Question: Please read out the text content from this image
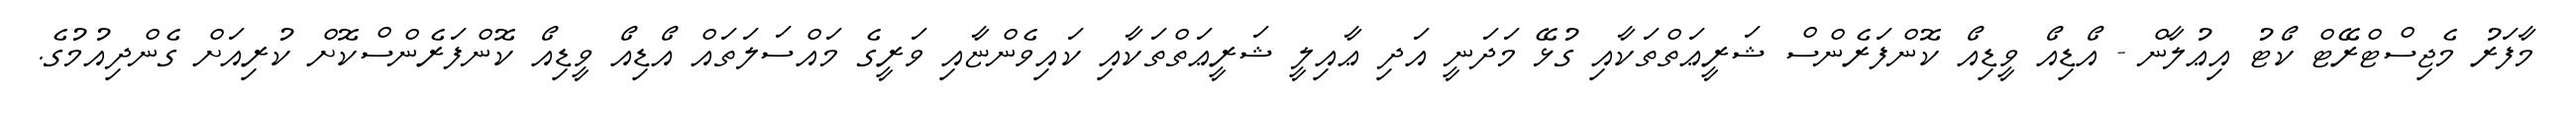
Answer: މާފަރު މެޖިސްޓްރޭޓް ކޯޓު އިޢުލާން - އޯޑިއޯ ވީޑިއޯ ކޮންފަރެންސް ޝަރީޢަތްތަކާއި ގުޅޭ މަދަނީ އަދި ޢާއިލީ ޝަރީޢަތްތަކާއި ކައިވެންޏާއި ވަރީގެ މައްސަލަތައް އޯޑިއޯ ވީޑިއޯ ކޮންފަރެންސްކޮށް ކުރިއަށް ގެންދިއުމުގެ.